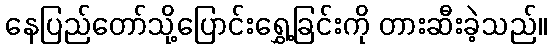
နေပြည်တော်သို့ပြောင်းရွှေ့ခြင်းကို တားဆီးခဲ့သည်။